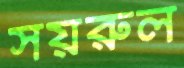
সয়রুল